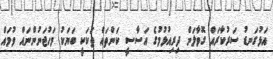
އަޅުގަނޑު ސަރުކާރައް ގޮވާލަން ދިރިއުޅުމުގެ އަސާސީ ކަންތައް ތަކަކީ ބަޔަކު މަހުޖަނުންނައް ވުމައް